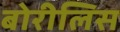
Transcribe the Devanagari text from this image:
बोरीलिस